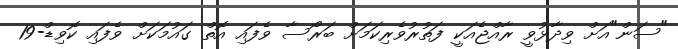
"ސަން"އަށް ވިދާޅުވީ ރާއްޖެއަކީ ފަތުރުވެރިކަމަށް ބަރޯސާ ވެފައި އޮތް ގައުމަކަށް ވެފައި ކޮވިޑް-19